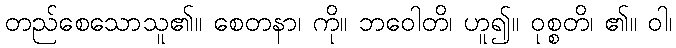
တည်စေသောသူ၏။ စေတနာ၊ ကို။ ဘဝေါတိ၊ ဟူ၍။ ဝုစ္စတိ၊ ၏။ ဝါ၊